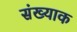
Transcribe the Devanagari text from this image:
संख्याक